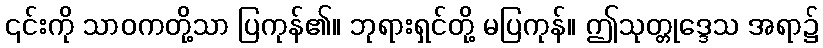
၎င်းကို သာဝကတို့သာ ပြကုန်၏။ ဘုရားရှင်တို့ မပြကုန်။ ဤသုတ္တုဒ္ဒေသ အရာ၌